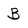
Character: B